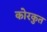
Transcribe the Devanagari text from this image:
कोरकुत